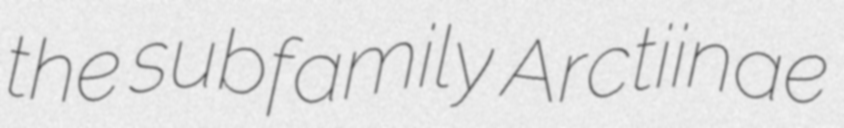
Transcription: the subfamily Arctiinae